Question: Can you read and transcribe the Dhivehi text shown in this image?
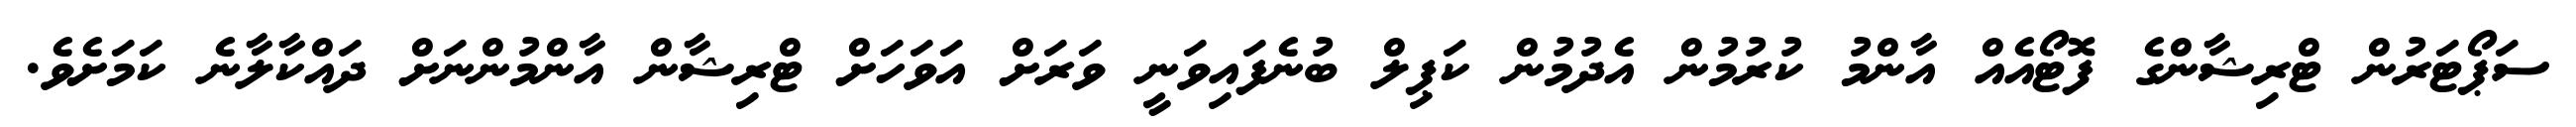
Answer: ސަޕޯޓަރުން ޓްރިޝާންގެ ފޮޓޯއެއް އާންމު ކުރުމުން އެދުމުން ކަޕިލް ބުނެފައިވަނީ ވަރަށް އަވަހަށް ޓްރިޝާން އާންމުންނަށް ދައްކާލާނެ ކަމަށެވެ.